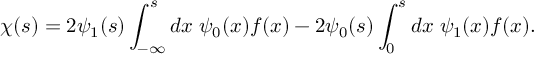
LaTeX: \chi ( s ) = 2 \psi _ { 1 } ( s ) \int _ { - \infty } ^ { s } d x \; \psi _ { 0 } ( x ) f ( x ) - 2 \psi _ { 0 } ( s ) \int _ { 0 } ^ { s } d x \; \psi _ { 1 } ( x ) f ( x ) .